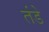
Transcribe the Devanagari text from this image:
तंडे